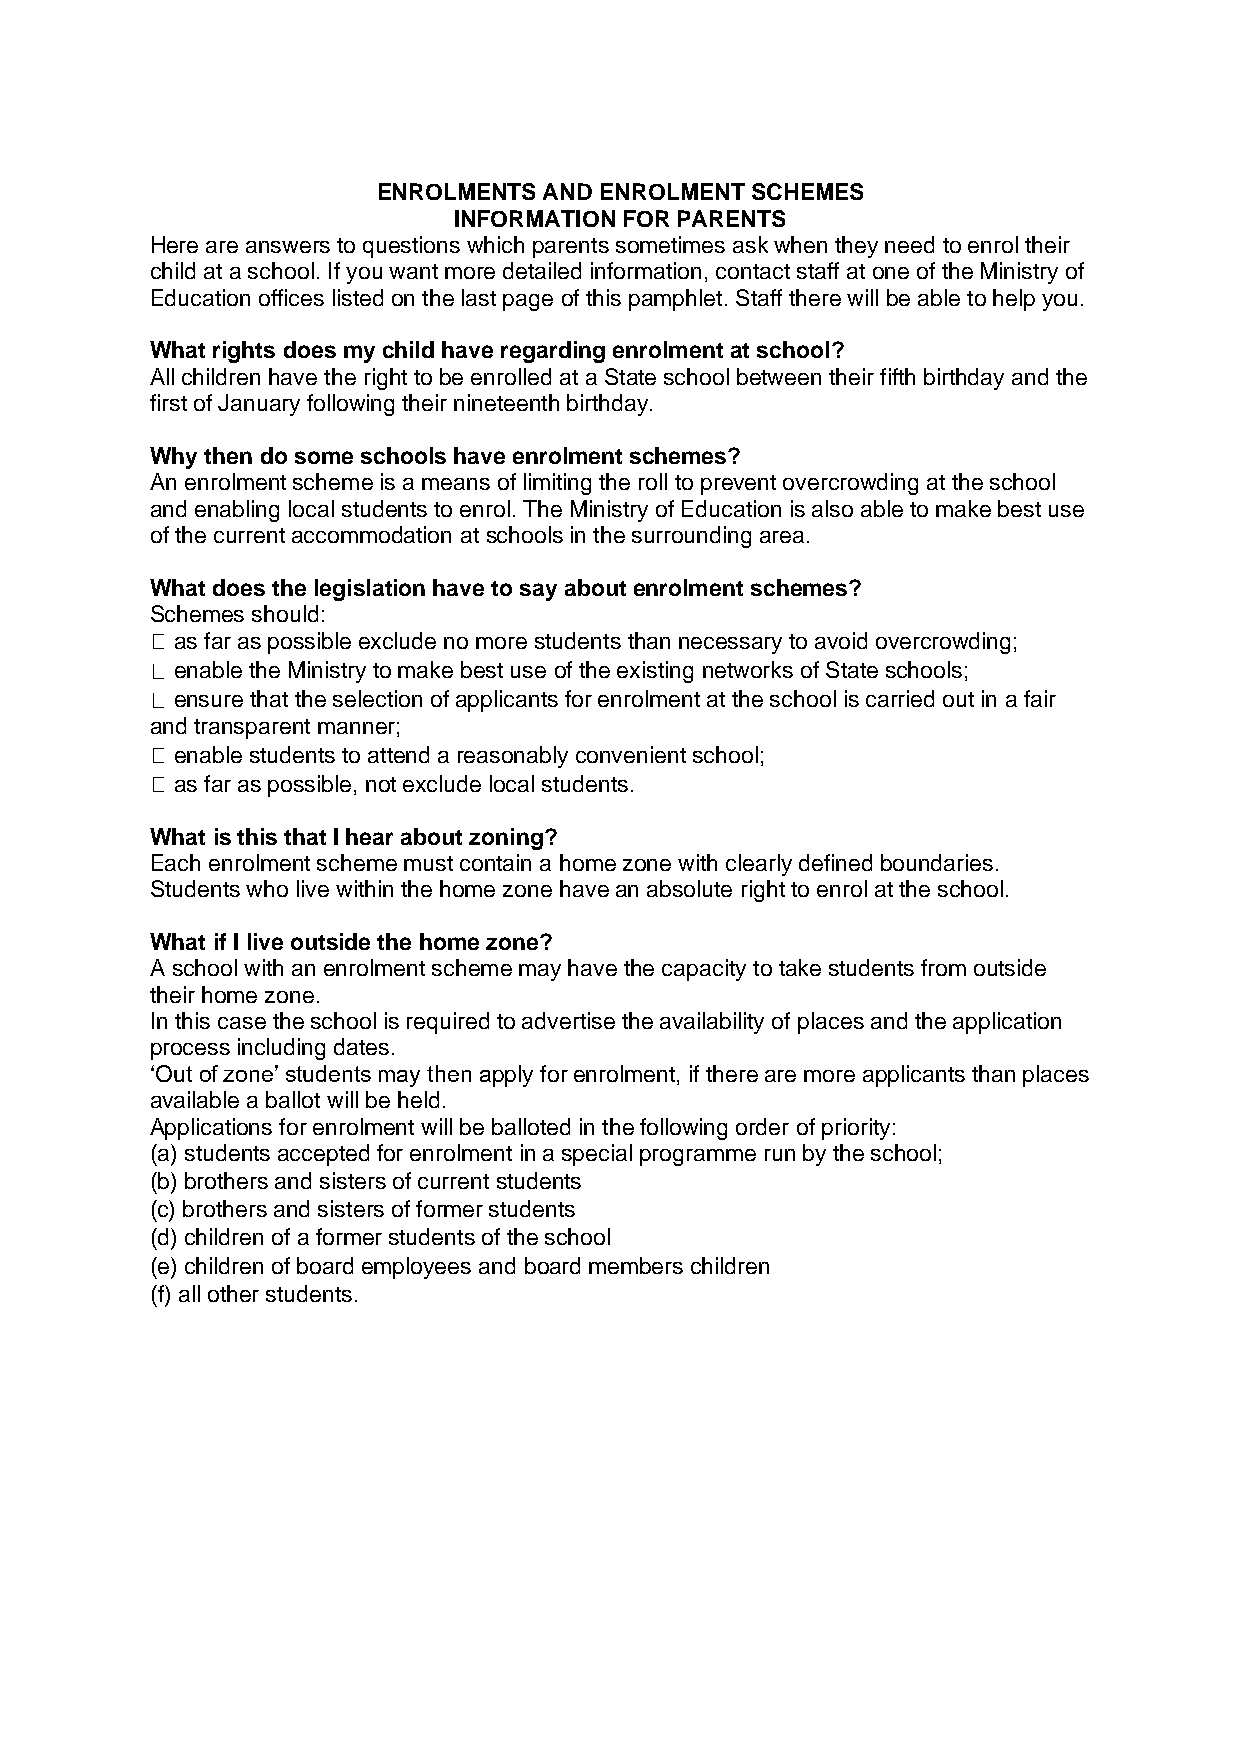
ENROLMENTS AND ENROLMENT SCHEMES
 INFORMATION FOR PARENTS
 Here are answers to questions which parents sometimes ask when they need to enrol their
 child at a school. If you want more detailed information, contact staff at one of the Ministry of
 Education offices listed on the last page of this pamphlet. Staff there will be able to help you.
 What rights does my child have regarding enrolment at school?
 All children have the right to be enrolled at a State school between their fifth birthday and the
 first of January following their nineteenth birthday.
 Why then do some schools have enrolment schemes?
 An enrolment scheme is a means of limiting the roll to prevent overcrowding at the school
 and enabling local students to enrol. The Ministry of Education is also able to make best use
 of the current accommodation at schools in the surrounding area.
 What does the legislation have to say about enrolment schemes?
 Schemes should:
 as far as possible exclude no more students than necessary to avoid overcrowding;
 enable the Ministry to make best use of the existing networks of State schools;
 ensure that the selection of applicants for enrolment at the school is carried out in a fair
 and transparent manner;
 enable students to attend a reasonably convenient school;
 as far as possible, not exclude local students.
 What is this that I hear about zoning?
 Each enrolment scheme must contain a home zone with clearly defined boundaries.
 Students who live within the home zone have an absolute right to enrol at the school.
 What if I live outside the home zone?
 A school with an enrolment scheme may have the capacity to take students from outside
 their home zone.
 In this case the school is required to advertise the availability of places and the application
 process including dates.
 ‘Out of zone’ students may then apply for enrolment, if there are more applicants than places
 available a ballot will be held.
 Applications for enrolment will be balloted in the following order of priority:
 (a) students accepted for enrolment in a special programme run by the school;
 (b) brothers and sisters of current students
 (c) brothers and sisters of former students
 (d) children of a former students of the school
 (e) children of board employees and board members children
 (f) all other students.